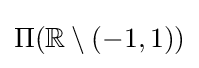
\Pi (\mathbb {R} \setminus (-1,1))